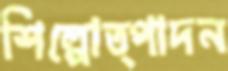
শিল্পোত্পাদন